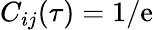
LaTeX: C_{ij}(\tau)=1/\mathrm{e}